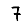
Digit: 7